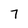
Character: 7